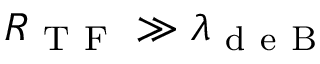
R _ { \mathrm { ~ T ~ F ~ } } \gg \lambda _ { \mathrm { ~ d ~ e ~ B ~ } }